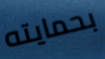
بحمايته